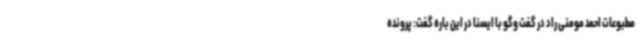
مطبوعات احمد مومنی راد در گفت وگو با ایسنا در این باره گفت: پرونده